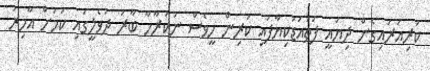
ކުރިއަރައިގެން ދިޔައީ ފަތުއަޑުކިޔާފައި ކުރިން ހީވެސް ނުކުރާހާ ބާރު ދުވެލީގައި ކަމަށް އާމިރު